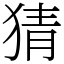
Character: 猜